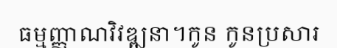
ធម្មញ្ញាណវិវឌ្ឍនា។កូន កូនប្រសារ